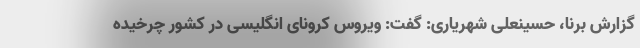
گزارش برنا، حسینعلی شهریاری: گفت: ویروس کرونای انگلیسی در کشور چرخیده